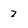
Character: 7